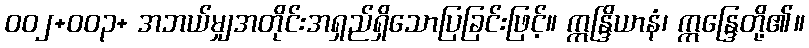
ဝဝ၂+ဝဝ၃+ အဘယ်မျှအတိုင်းအရှည်ရှိသောပြခြင်းဖြင့်။ ဣန္ဒြိယာနံ၊ ဣန္ဒြေတို့၏။